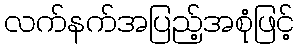
လက်နက်အပြည့်အစုံဖြင့်